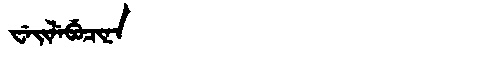
Manchu: ᠸᡝᡳᠯᡝᠪᡠᠴᡳᠨᠠ
Romanization: WEILEBUCINA